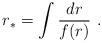
LaTeX: \begin{align*}r_{\ast }=\int \frac{dr}{f(r)}\ . \end{align*}